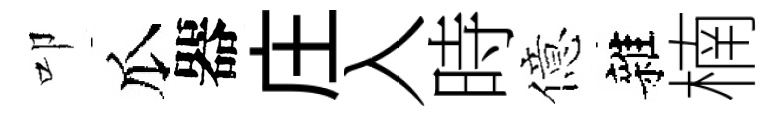
叩瓜器庄入時億雜楠